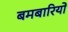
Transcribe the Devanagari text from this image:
बमबारियों